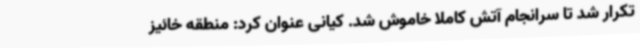
تکرار شد تا سرانجام آتش کاملا خاموش شد. کیانی عنوان کرد: منطقه خائیز